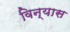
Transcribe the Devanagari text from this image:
विन्‍यास